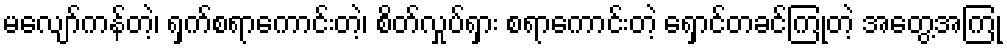
မလျော်ကန်တဲ့၊ ရှက်စရာကောင်းတဲ့၊ စိတ်လှုပ်ရှား စရာကောင်းတဲ့ ရှောင်တခင်ကြုံတဲ့ အတွေ့အကြုံ